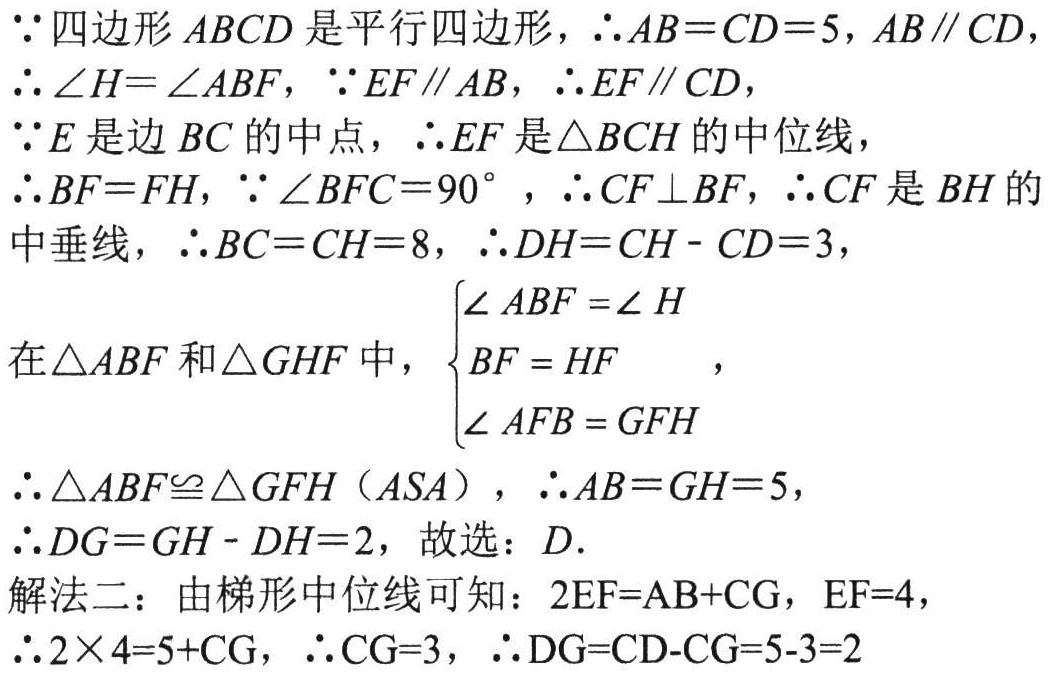
\(\because\)四边形\(ABCD\)是平行四边形，\(\therefore AB = CD = 5\)，\(AB\parallel CD\)，

\(\therefore\angle H=\angle ABF\)，\(\because EF\parallel AB\)，\(\therefore EF\parallel CD\)，

\(\because E\)是边\(BC\)的中点，\(\therefore EF\)是\(\triangle BCH\)的中位线，

\(\therefore BF = FH\)，\(\because\angle BFC = 90^{\circ}\)，\(\therefore CF\perp BF\)，\(\therefore CF\)是\(BH\)的

中垂线，\(\therefore BC = CH = 8\)，\(\therefore DH = CH - CD = 3\)，

在\(\triangle ABF\)和\(\triangle GHF\)中，\(\begin{cases}

\angle ABF=\angle H \\

BF = HF \\

\angle AFB = GFH

\end{cases}\)，

\(\therefore\triangle ABF\cong\triangle GFH(ASA)\)，\(\therefore AB = GH = 5\)，

\(\therefore DG = GH - DH = 2\)，故选：\(D\).

解法二：由梯形中位线可知：\(2EF = AB + CG\)，\(EF = 4\)，

\(\therefore 2\times4 = 5 + CG\)，\(\therefore CG = 3\)，\(\therefore DG = CD - CG = 5 - 3 = 2\)